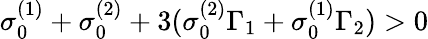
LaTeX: \sigma_{0}^{(1)}+\sigma_{0}^{(2)}+3(\sigma_{0}^{(2)}\Gamma_{1}+\sigma_{0}^{(1)}\Gamma_{2})>0